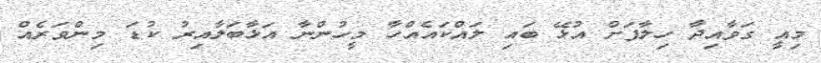
މިއީ ގަވާއިދާ ހިލާފަށް އުޅޭ ބައި ލައްކައެއްހާ މީހުންނާ އަޅާބަލާއިރު ކުޑަ މިންވަރެއް